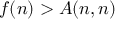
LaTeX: f ( n ) > A ( n , n )